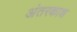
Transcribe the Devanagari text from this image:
अंतरकाश